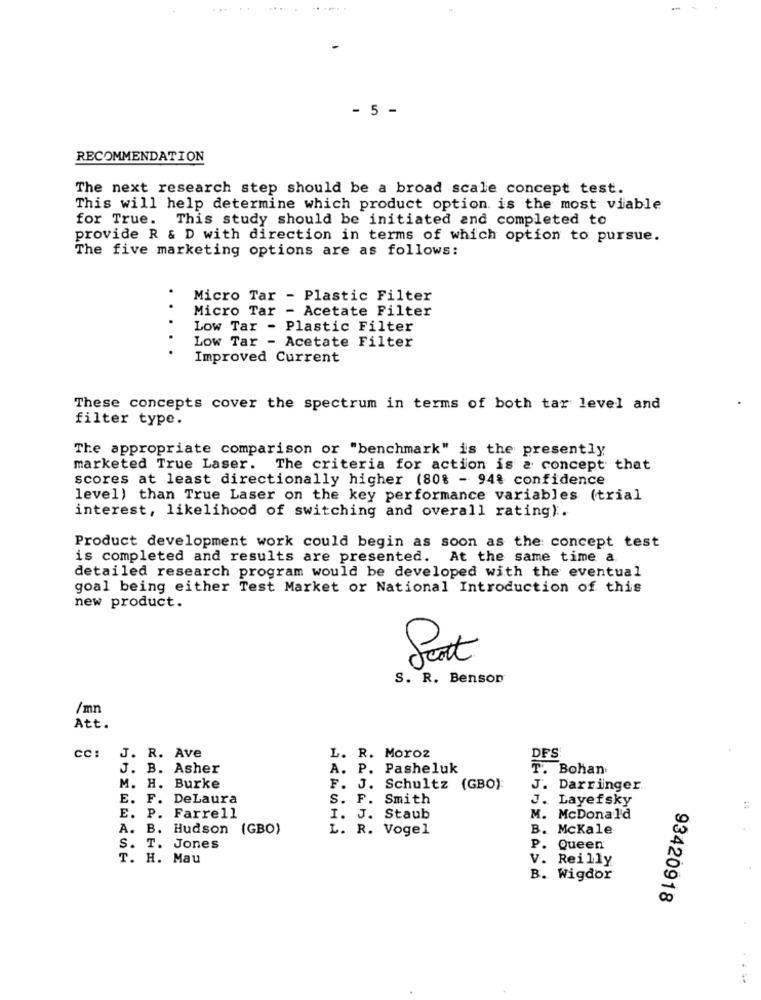
.
- 5 -
RECOMMENDATION
The next research step should be a broad scale concept test.
This will help determine which product option is the most viable
for True. This study should be initiated and completed to
provide R & D with direction in terms of which option to pursue.
The five marketing options are as follows:
Micro Tar - Plastic Filter
Micro Tar - Acetate Filter
...
Low Tar - Plastic Filter
Low Tar - Acetate Filter
Improved Current
These concepts cover the spectrum in terms of both tar level and
filter type.
The appropriate comparison or "benchmark" is the presently
marketed True Laser. The criteria for action is & concept that
scores at least directionally higher (80% - 94% confidence
level) than True Laser on the key performance variables (trial
interest, likelihood of switching and overall rating).
Product development work could begin as soon as the concept test
is completed and results are presented. At the same time a
detailed research program would be developed with the eventual
goal being either Test Market or National Introduction of this
new product.
Seat
S. R. Benson
/mn
Att.
cc:
J. R. Ave
L. R. Moroz
DFS
J. B. Asher
A. P. Pasheluk
T. Bohan
M. H. Burke
F. J. Schultz (GBO):
J. Darringer
E. F. DeLaura
S. F. Smith
J. Layefsky
E. P. Farrell
I. J. Staub
M. McDonald
A. B. Hudson (GBO)
L. R. Vogel
B. McKale
S. T. Jones
. Queen
T. H. Mau
V. Reilly
N
0
B. Wigdor
93420918